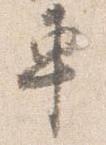
車